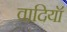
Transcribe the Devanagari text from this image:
वादियॉ